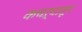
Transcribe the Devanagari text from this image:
कचऱ्यातून